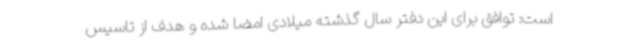
است: توافق برای این دفتر سال گذشته میلادی امضا شده و هدف از تاسیس